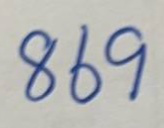
869